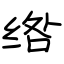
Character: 绺